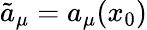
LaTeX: {\tilde{a}}_{\mu}=a_{\mu}(x_{0})